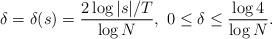
LaTeX: \begin{align*} \delta=\delta(s)=\frac{2\log{|s|/T}}{\log{N}}, \ 0\le\delta\le \frac{\log{4}}{\log{N}}.\end{align*}